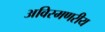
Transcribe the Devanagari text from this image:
अविस्मणरीय